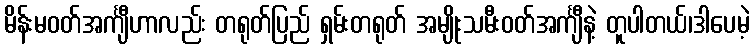
မိန်းမဝတ်အင်္ကျီဟာလည်း တရုတ်ပြည် ရှမ်းတရုတ် အမျိုးသမီးဝတ်အင်္ကျီနဲ့ တူပါတယ်၊ဒါပေမဲ့